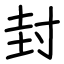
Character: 封